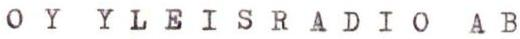
OY YLEISRADIO AB